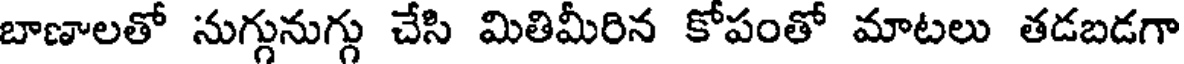
బాణాలతో నుగ్గునుగ్గు చేసి మితిమీరిన కోపంతో మాటలు తడబడగా